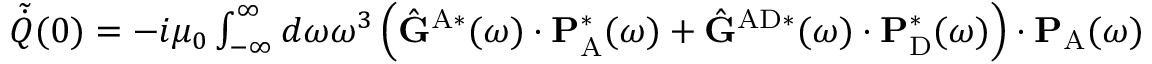
\begin{array} { r } { \tilde { \dot { Q } } ( 0 ) = - i \mu _ { 0 } \int _ { - \infty } ^ { \infty } d \omega \omega ^ { 3 } \left( \hat { \mathbf { G } } ^ { \mathrm { A } * } ( \omega ) \cdot \mathbf { P } _ { \mathrm { A } } ^ { * } ( \omega ) + \hat { \mathbf { G } } ^ { \mathrm { A D } * } ( \omega ) \cdot \mathbf { P } _ { \mathrm { D } } ^ { * } ( \omega ) \right) \cdot \mathbf { P } _ { \mathrm { A } } ( \omega ) } \end{array}